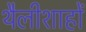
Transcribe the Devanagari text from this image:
थैलीशाहों